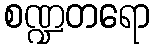
စဏ္ဍတရော